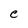
Character: e